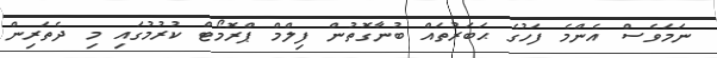
ނަމަވެސް އެންމެ ފަހުގެ ޙަބަރުތައް ބުނާގޮތުން ފިލްމް ޕްރޮމޯޓް ކުރުމުގައި މި ދެތަރިން